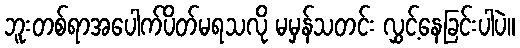
ဘူးတစ်ရာအပေါက်ပိတ်မရသလို မမှန်သတင်း လွှင့်နေခြင်းပါပဲ။